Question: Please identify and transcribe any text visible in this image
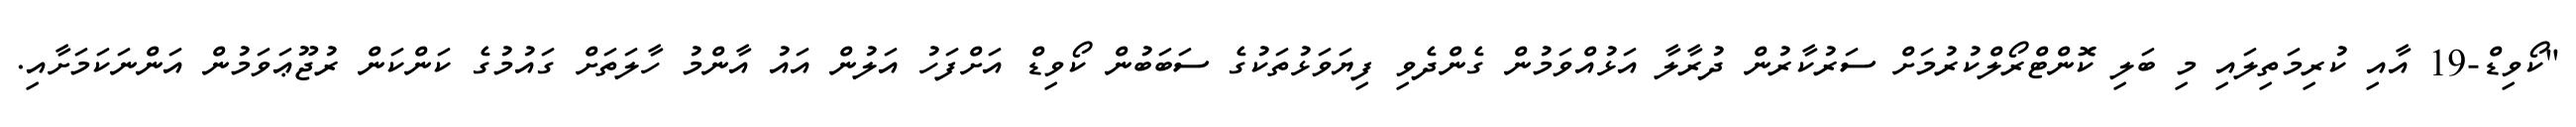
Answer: "ކޯވިޑް-19 އާއި ކުރިމަތިލައި މި ބަލި ކޮންޓްރޯލްކުރުމަށް ސަރުކާރުން ދުރާލާ އަޅުއްވަމުން ގެންދެވި ފިޔަވަޅުތަކުގެ ސަބަބުން ކޯވިޑް އަށްފަހު އަލުން އައު އާންމު ހާލަތަށް ގައުމުގެ ކަންކަން ރުޖޫޢަވަމުން އަންނަކަމަށާއި.